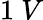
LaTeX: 1\ V